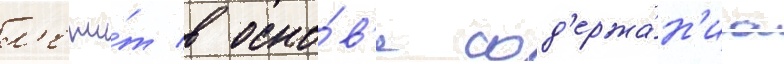
л'ежи́т в осно́в'е сод'ержа́н'иа